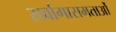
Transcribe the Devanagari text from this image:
सर्वागासमताओं